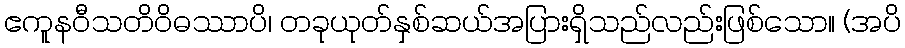
ဧကူနဝီသတိဝိဓဿာပိ၊ တခုယုတ်နှစ်ဆယ်အပြားရှိသည်လည်းဖြစ်သော။ (အပိ